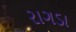
રાગડા